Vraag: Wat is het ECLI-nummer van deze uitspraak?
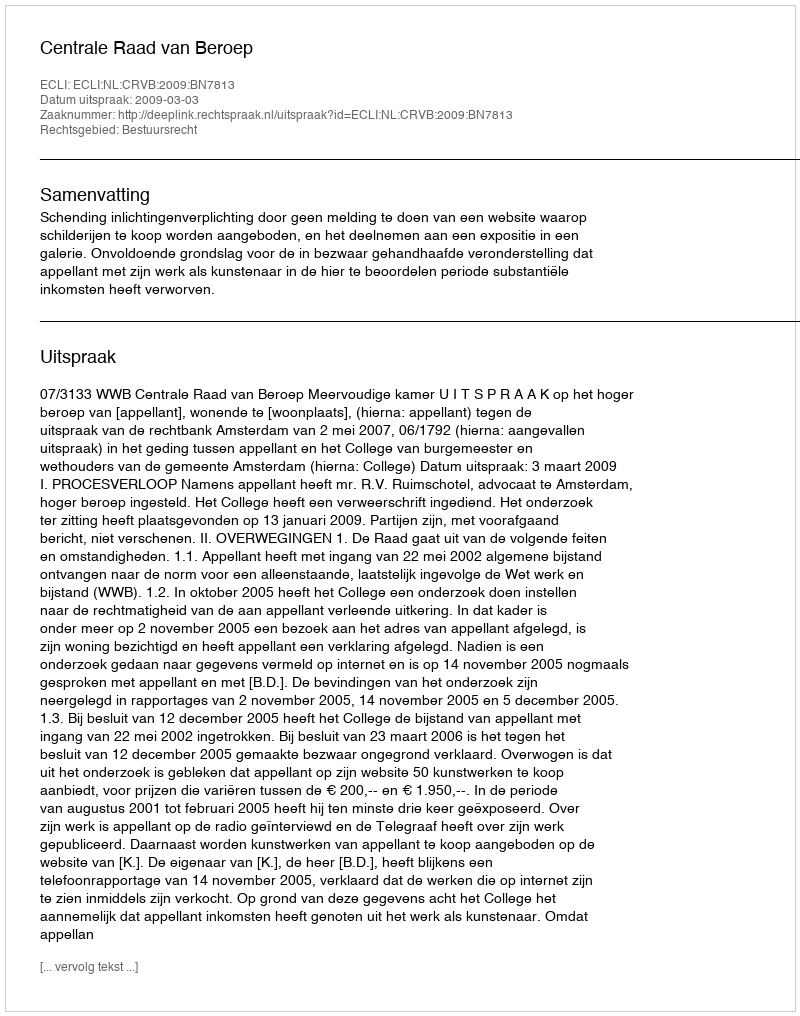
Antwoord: ECLI:NL:CRVB:2009:BN7813